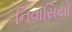
નિવાસિયો